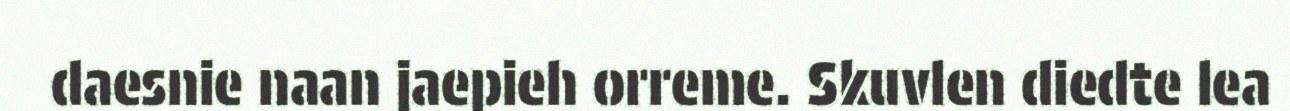
daesnie naan jaepieh orreme. Skuvlen diedte lea